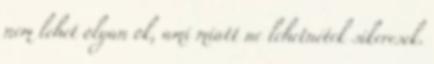
nem lehet olyan ok, ami miatt ne lehetnétek sikeresek.